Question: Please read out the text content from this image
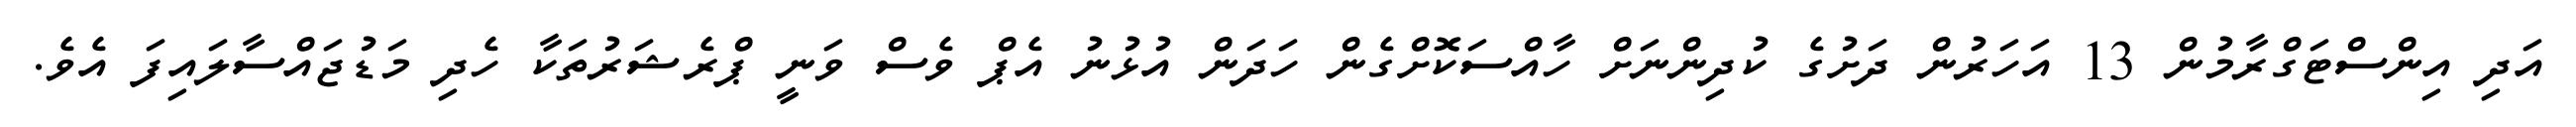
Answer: އަދި އިންސްޓަގްރާމުން 13 އަހަރުން ދަށުގެ ކުދިންނަށް ހާއްސަކޮށްގެން ހަދަން އުޅުނު އެޕް ވެސް ވަނީ ޕްރެޝަރުތަކާ ހެދި މަޑުޖައްސާލައިފަ އެވެ.